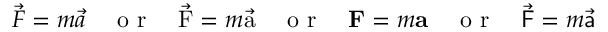
\vec { F } = m \vec { a } \quad \textrm { o r } \quad \vec { \mathrm { F } } = m \vec { \mathrm { a } } \quad \textrm { o r } \quad \mathbf { F } = m \mathbf { a } \quad \textrm { o r } \quad \vec { \mathsf { F } } = m \vec { \mathsf { a } }